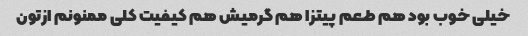
خیلی خوب بود هم طعم پیتزا هم گرمیش هم کیفیت کلی ممنونم ازتون